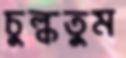
চুল্‌কতুম